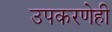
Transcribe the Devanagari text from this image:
उपकरणेही